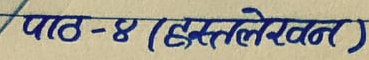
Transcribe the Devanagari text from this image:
पाठ - ४ (हस्तलेखन)